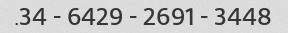
3448 - 2691 - 6429 - 34.